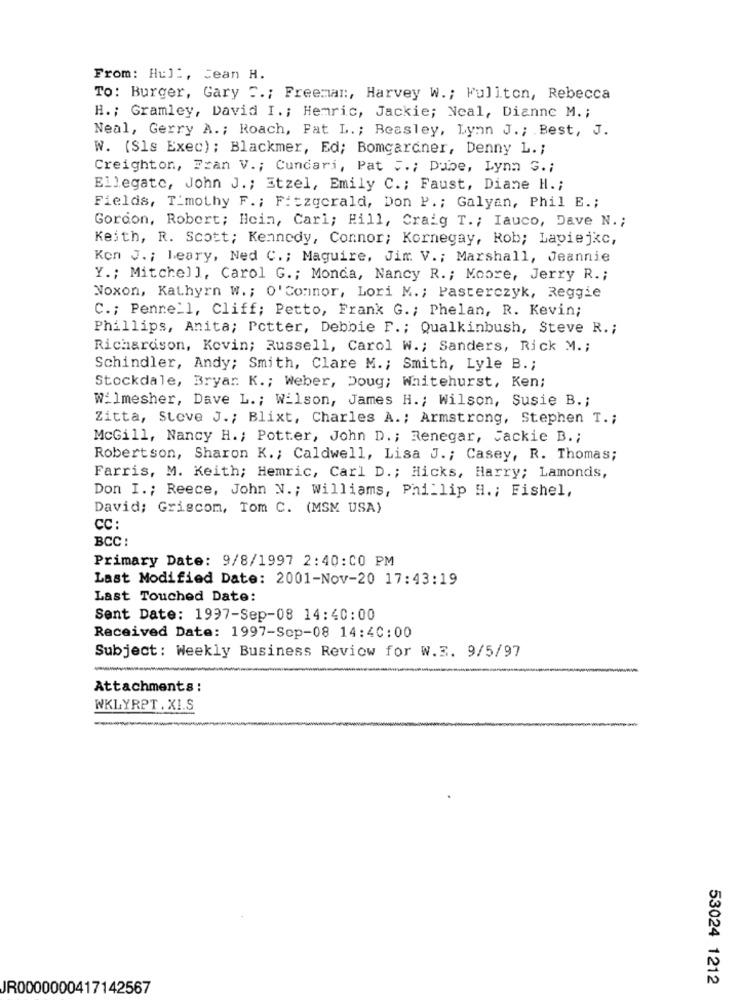
From: Hul :, Jean H.
To: Burger, Gary " .; Freeman, Harvey W .; Fullton, Rebecca
H .; Gramley, David I .; Hemric, Jackie; Neal, Dianne M. ;
Neal, Gerry A .; Roach, Fat L .; Beasley, Lynn J. ; Best, J.
W. (Sls Exec) ; Blackmer, Ed; Bomgardner, Denny L. ;
Creighton, Fran V .; Cundari, Pat F .; Dube, Lynn G .;
Ellegate, John J .; Etzel, Emily C .; Faust, Diane H .;
Fields, Timothy F. ; Fitzgerald, Don P .; Galyan, Phil E .;
Gordon, Robert; Hein, Carl; Hill, Craig T .; Iauco, Dave N .;
Keith, R. Scott; Kennedy, Connor; Kornegay, Rob; Laviejkc,
Kon J .; Leary, Ned C .; Maguire, Jim. V .; Marshall, Jeannie
Y .; Mitchell, Carol G .; Monda, Nancy R. ; Moore, Jerry R .;
Noxon, Kathyrn W .; O' Connor, Lori M .; Pasterczyk, Reggie
C .; Penne_1, Cliff; Petto, Frank G .; Phelan, R. Kevin;
Phillips, Anita; Pctter, Debbie F .; Qualkinbush, Steve R .;
Richardson, Kevin; Russell, Carol W .; Sanders, Rick M .;
Schindler, Andy; Smith, Clare M .; Smith, Lyle B .;
Stockdale, Bryar. K .; Weber, Doug; Whitehurst, Ken;
Wilmesher, Dave L .; Wilson, James H .; Wilson, Susie B .;
Zitta, Steve J .; Blixt, Charles A .; Armstrong, Stephen T .;
McGill, Nancy H .; Potter, John D .; Renegar, Jackie B .;
Robertson, Sharon K .; Caldwell, Lisa J .; Casey, R. Thomas;
Farris, M. Keith; Hemric, Carl D .; Hicks, Harry; Lamonds,
Don I .; Reece, John V. ; Williams, Phillip H .; Fishel,
David; Griscom, Tom C. (MSM USA)
CC :
BCC :
Primary Date: 9/8/1997 2:40:00 PM
Last Modified Date: 2001-Nov-20 17:43:19
Last Touched Date:
Sent Date: 1997-Sep-08 14:40:00
Received Date: 1997-Sep-08 14:40:00
Subject: Weekly Business Review for W.3. 9/5/97
-
Attachments :
WKLYRPT . XI.S
53024 1212
JR0000000417142567